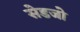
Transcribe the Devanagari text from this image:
सेडजो